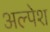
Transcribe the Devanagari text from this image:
अल्पेश